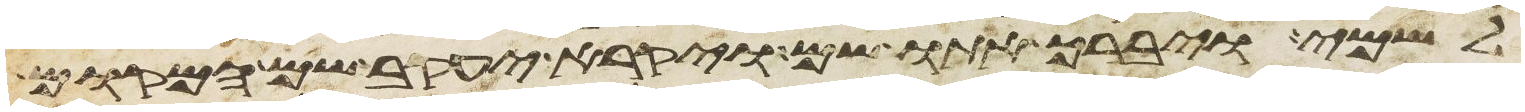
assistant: לשמי ויברך אתו שם ויקרא יעקב שם המקום